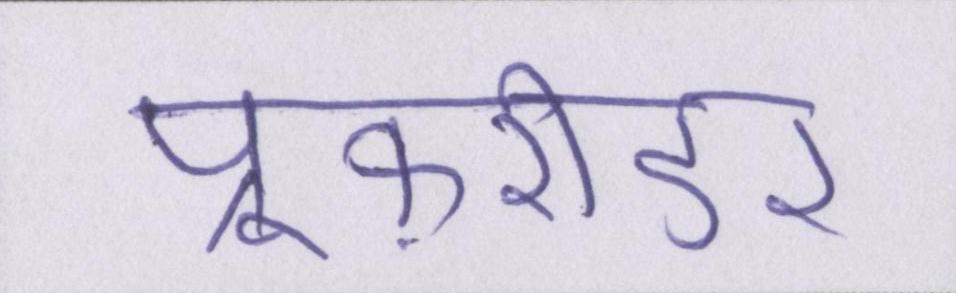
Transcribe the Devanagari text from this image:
प्रूफ़रीडर